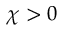
\chi > 0